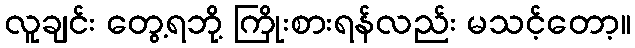
လူချင်း တွေ့ရဘို့ ကြိုးစားရန်လည်း မသင့်တော့။